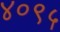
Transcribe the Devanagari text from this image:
४०९५